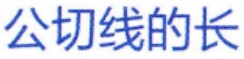
公切线的长